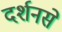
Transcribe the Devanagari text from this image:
दर्शनसे